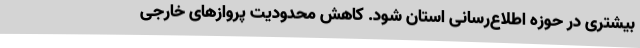
بیشتری در حوزه اطلاع‌رسانی استان شود. کاهش محدودیت‌ پروازهای خارجی